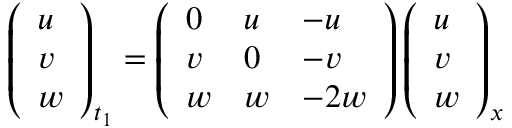
\left( \begin{array} { l } { { u } } \\ { { v } } \\ { { w } } \end{array} \right) _ { t _ { 1 } } = \left( \begin{array} { l l l } { { 0 } } & { { u } } & { { - u } } \\ { { v } } & { { 0 } } & { { - v } } \\ { { w } } & { { w } } & { { - 2 w } } \end{array} \right) \left( \begin{array} { l } { { u } } \\ { { v } } \\ { { w } } \end{array} \right) _ { x }